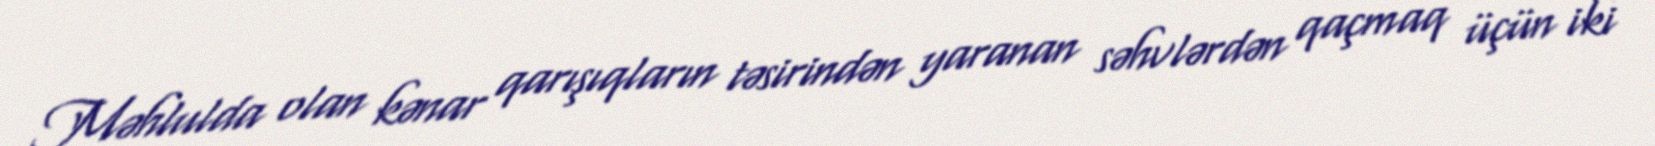
Məhlulda olan kənar qarışıqların təsirindən yaranan səhvlərdən qaçmaq üçün iki